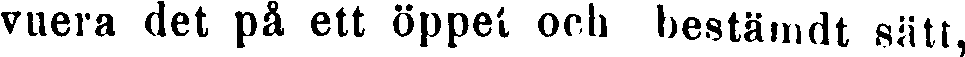
vuera det på ett öppet och bestämdt sätt,